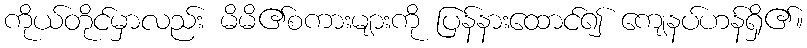
ကိုယ်တိုင်မှာလည်း မိမိ၏စကားများကို ပြန်နားထောင်၍ ကျေနပ်ဟန်ရှိ၏။